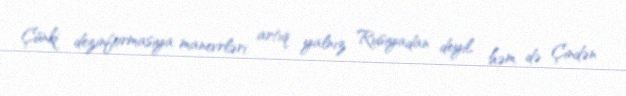
Çünki dezinformasiya manevrləri artıq yalnız Rusiyadan deyil, həm də Çindən